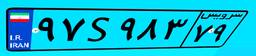
۹۷S۹۸۳۷۹